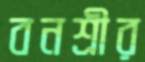
বনশ্রীর